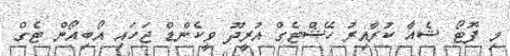
މި ފޮޓޯ ޝެއާ ކުރާއިރު ހޭޝްޓެގް އުރީދޫ ވީކެންޑް ޖަހައި އޯބިއޯން ޓެގް